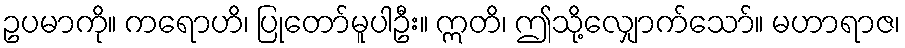
ဥပမာကို။ ကရောဟိ၊ ပြုတော်မူပါဦး။ ဣတိ၊ ဤသို့လျှောက်သော်။ မဟာရာဇ၊